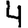
Digit: 4